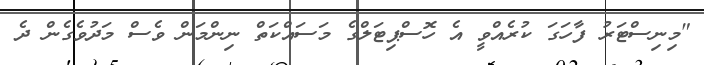
"މިނިސްޓަރު ފާހަގަ ކުރެއްވީ އެ ހޮސްޕިޓަލްގެ މަސައްކަތް ނިންމަން ވެސް މަދުވެގެން ދެ